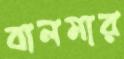
বালমার